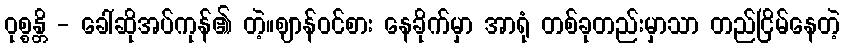
ဝုစ္စန္တိ - ခေါ်ဆိုအပ်ကုန်၏ တဲ့။ဈာန်ဝင်စား နေခိုက်မှာ အာရုံ တစ်ခုတည်းမှာသာ တည်ငြိမ်နေတဲ့